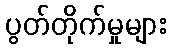
ပွတ်တိုက်မှုများ